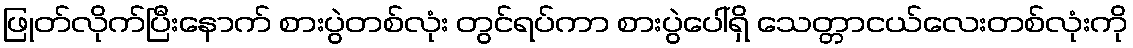
ဖြုတ်လိုက်ပြီးနောက် စားပွဲတစ်လုံး တွင်ရပ်ကာ စားပွဲပေါ်ရှိ သေတ္တာငယ်လေးတစ်လုံးကို